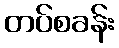
တပ်စခန်း